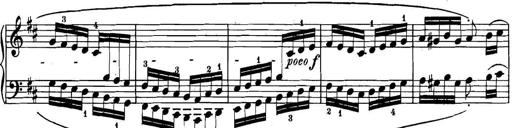
Title: 3 Sonatinas
Composer: Carl Reinecke